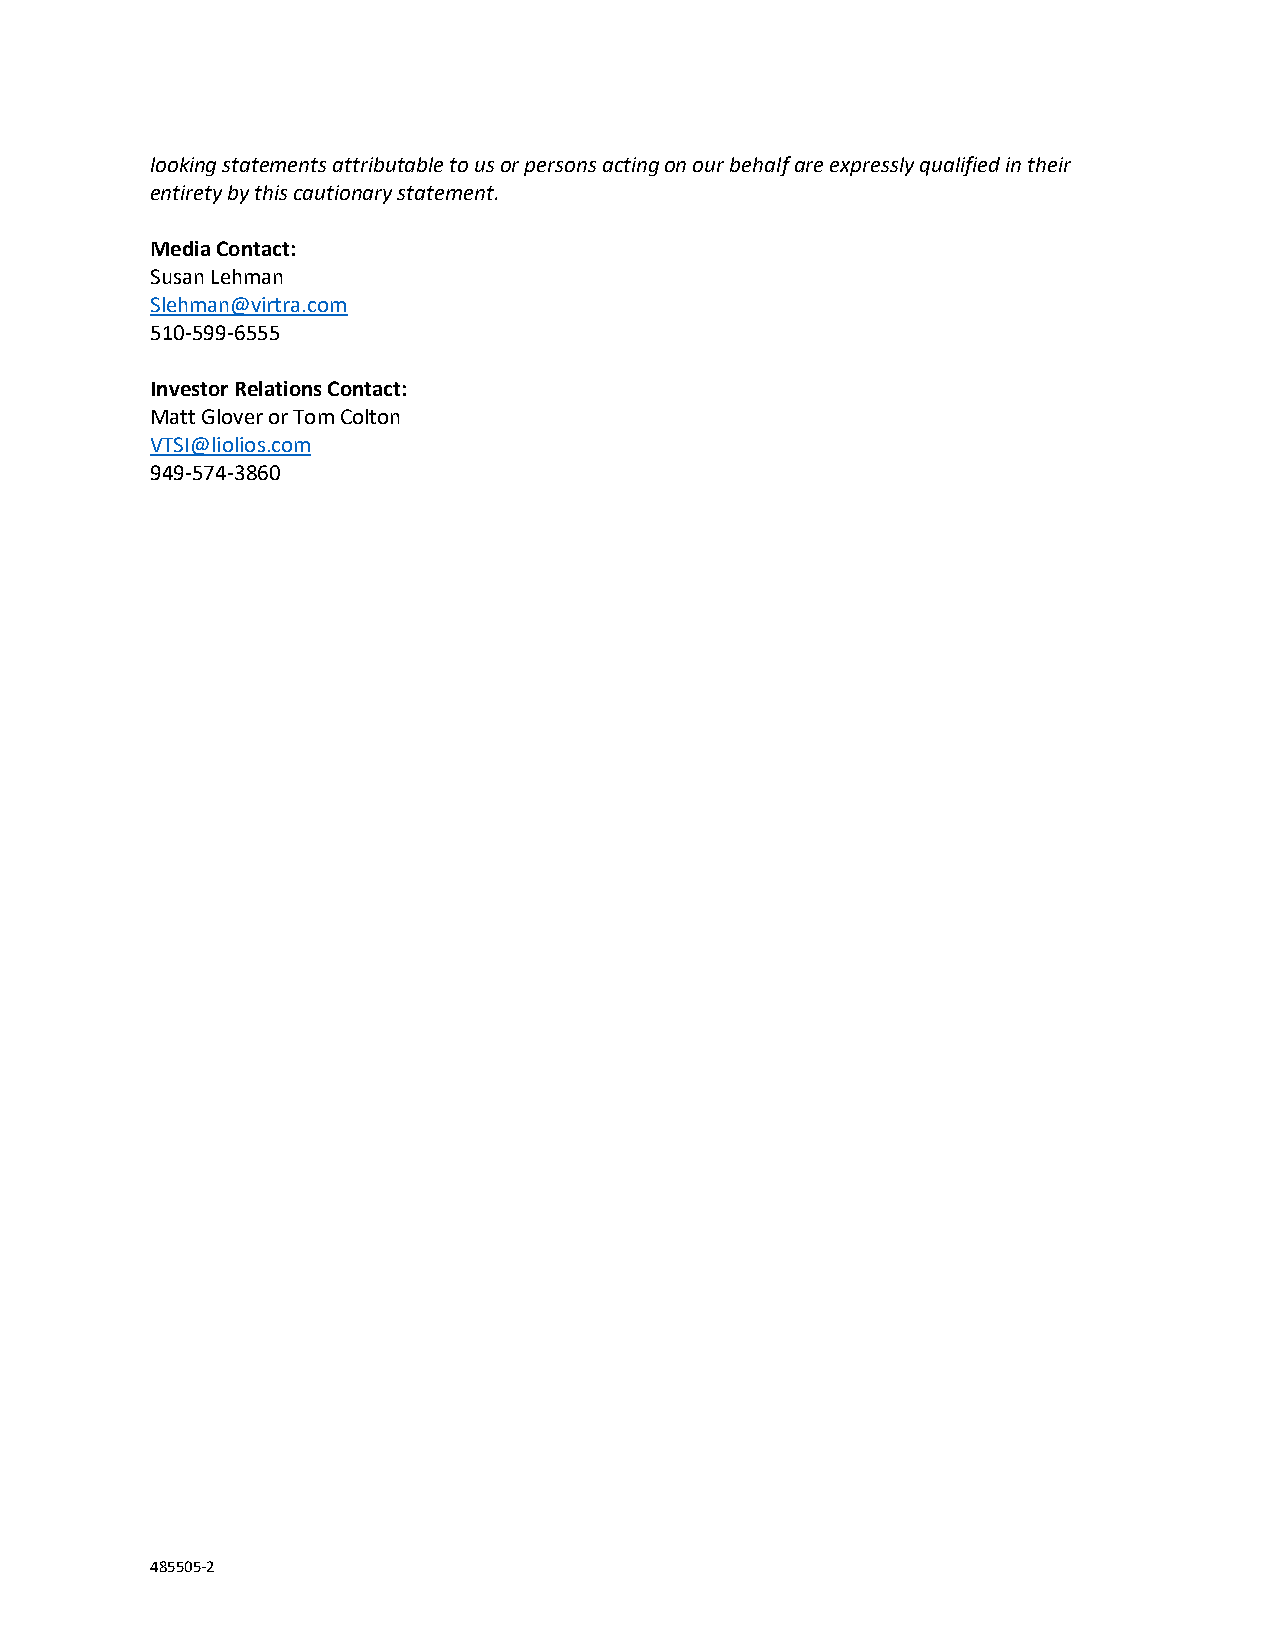
looking statements attributable to us or persons acting on our behalf are expressly qualified in their
 entirety by this cautionary statement.
 Media Contact:
 Susan Lehman
 Slehman@virtra.com
 510-599-6555
 Investor Relations Contact:
 Matt Glover or Tom Colton
 VTSI@liolios.com
 949-574-3860
 485505-2